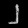
Digit: ၂